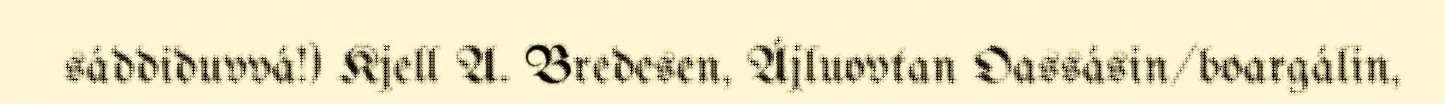
sáddiduvvá!) Kjell A. Bredesen, Ájluovtan Oassásin/boargálin,